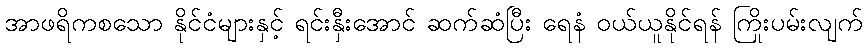
အာဖရိကစသော နိုင်ငံများနှင့် ရင်းနှီးအောင် ဆက်ဆံပြီး ရေနံ ဝယ်ယူနိုင်ရန် ကြိုးပမ်းလျက်